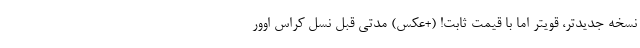
نسخه جدیدتر، قویتر اما با قیمت ثابت! (+عکس) مدتی قبل نسل کراس اوور